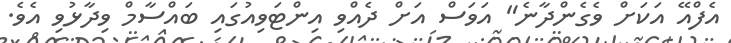
އެފްއޭ އަކަށް ވެގެންދާނެ" އަވަސް އަށް ދެއްވި އިންޓަވިއުގައި ބައްސާމް ވިދާޅުވި އެވެ.